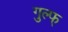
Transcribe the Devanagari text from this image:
गुल्फ्